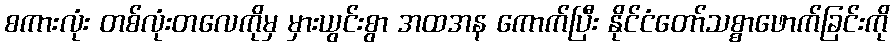
စကားလုံး တစ်လုံးတလေကိုမှ မှားယွင်းစွာ အထအန ကောက်ပြီး နိုင်ငံတော်သစ္စာဖောက်ခြင်းကို